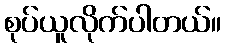
စုပ်ယူလိုက်ပါတယ်။